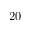
2 0